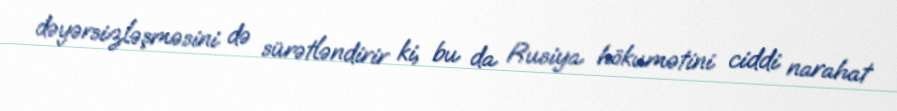
dəyərsizləşməsini də sürətləndirir ki, bu da Rusiya hökumətini ciddi narahat